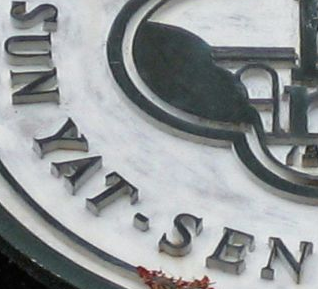
SUN YAT-SEN